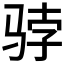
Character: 𱅓